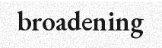
broadening